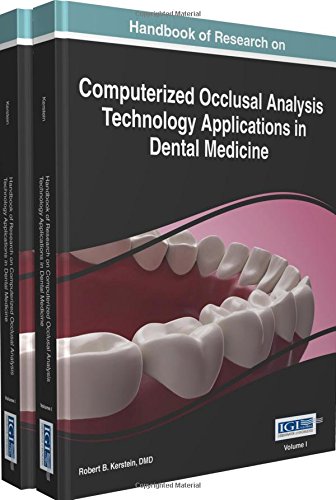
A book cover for Handbook of Research on Computerized Occlusal Analysis Technology Applications in Dental Medicine (Advances in Medical Technologies and Clinical Practice); DMD Robert B. Kerstein; Medical Books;